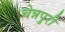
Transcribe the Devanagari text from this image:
चेन्नपुरी